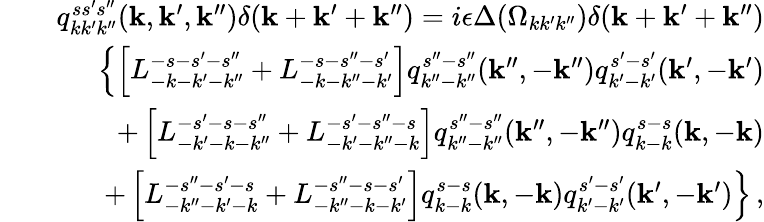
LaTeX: \begin{array}{rlr}&{}&{q_{kk^{\prime}k^{\prime\prime}}^{ss^{\prime}s^{\prime\prime}}({\mathbf k},{\mathbf k}^{\prime},{\mathbf k}^{\prime\prime})\delta({\mathbf k}+{\mathbf k}^{\prime}+{\mathbf k}^{\prime\prime})=i\epsilon\Delta(\Omega_{kk^{\prime}k^{\prime\prime}})\delta({\mathbf k}+{\mathbf k}^{\prime}+{\mathbf k}^{\prime\prime})}\\ &{}&{\left\{ \left[L_{-k-k^{\prime}-k^{\prime\prime}}^{-s-s^{\prime}-s^{\prime\prime}}+L_{-k-k^{\prime\prime}-k^{\prime}}^{-s-s^{\prime\prime}-s^{\prime}}\right]q_{k^{\prime\prime}-k^{\prime\prime}}^{s^{\prime\prime}-s^{\prime\prime}}({\mathbf k}^{\prime\prime},-{\mathbf k}^{\prime\prime})q_{k^{\prime}-k^{\prime}}^{s^{\prime}-s^{\prime}}({\mathbf k}^{\prime},-{\mathbf k}^{\prime})\right.}\\ &{}&{+\left[L_{-k^{\prime}-k-k^{\prime\prime}}^{-s^{\prime}-s-s^{\prime\prime}}+L_{-k^{\prime}-k^{\prime\prime}-k}^{-s^{\prime}-s^{\prime\prime}-s}\right]q_{k^{\prime\prime}-k^{\prime\prime}}^{s^{\prime\prime}-s^{\prime\prime}}({\mathbf k}^{\prime\prime},-{\mathbf k}^{\prime\prime})q_{k-k}^{s-s}({\mathbf k},-{\mathbf k})}\\ &{}&{\left.+\left[L_{-k^{\prime\prime}-k^{\prime}-k}^{-s^{\prime\prime}-s^{\prime}-s}+L_{-k^{\prime\prime}-k-k^{\prime}}^{-s^{\prime\prime}-s-s^{\prime}}\right]q_{k-k}^{s-s}({\mathbf k},-{\mathbf k})q_{k^{\prime}-k^{\prime}}^{s^{\prime}-s^{\prime}}({\mathbf k}^{\prime},-{\mathbf k}^{\prime})\right\} \, ,}\end{array}